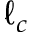
\ell _ { c }